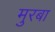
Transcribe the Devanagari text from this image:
मुरबा